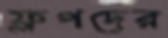
ফ্লপদের